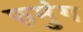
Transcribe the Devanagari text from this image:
रुमुंग